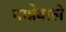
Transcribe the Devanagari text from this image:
मान्नेवाले